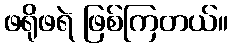
ဖရိုဖရဲ ဖြစ်ကြတယ်။